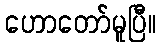
ဟောတော်မူပြီ။